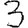
Digit: 3